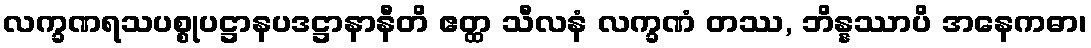
လက္ခဏရသပစ္စုပဋ္ဌာနပဒဋ္ဌာနာနီတိ ဧတ္ထ သီလနံ လက္ခဏံ တဿ, ဘိန္နဿာပိ အနေကဓာ၊